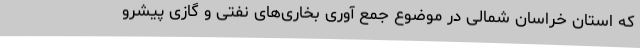
که استان خراسان شمالی در موضوع جمع آوری بخاری‌های نفتی و گازی پیشرو